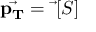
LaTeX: { \vec { \mathbf { p _ { T } } } } = { \vec { \mathbf { \nabla } } } [ S ]